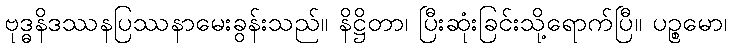
ဗုဒ္ဓနိဒဿနပြဿနာမေးခွန်းသည်။ နိဋ္ဌိတာ၊ ပြီးဆုံးခြင်းသို့ရောက်ပြီ။ ပဉ္စမော၊